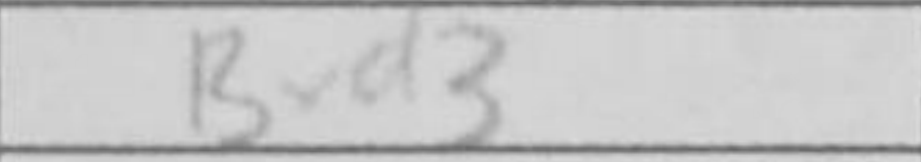
Transcription: Bxd3